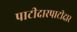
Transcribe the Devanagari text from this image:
पाटीदारपाटीदार